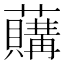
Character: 𧃛